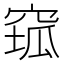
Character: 𱷆